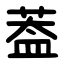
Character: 葢